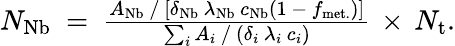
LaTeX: \begin{array}{r}{N_{\mathrm{Nb}}~=~{\frac{A_{\mathrm{Nb}}~/~[{\delta_{\mathrm{Nb}}}\, {\lambda_{\mathrm{Nb}}}\, {c_{\mathrm{Nb}}}{(1\, -\, {f_{\mathrm{met.}}})}]}{\sum_{i}A_{i}~/~{({\delta_{i}}\, {\lambda_{i}}\, {c_{i}})}}}\, \times\, N_{\mathrm{t}}.}\end{array}